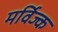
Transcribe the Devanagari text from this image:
मर्विज्क